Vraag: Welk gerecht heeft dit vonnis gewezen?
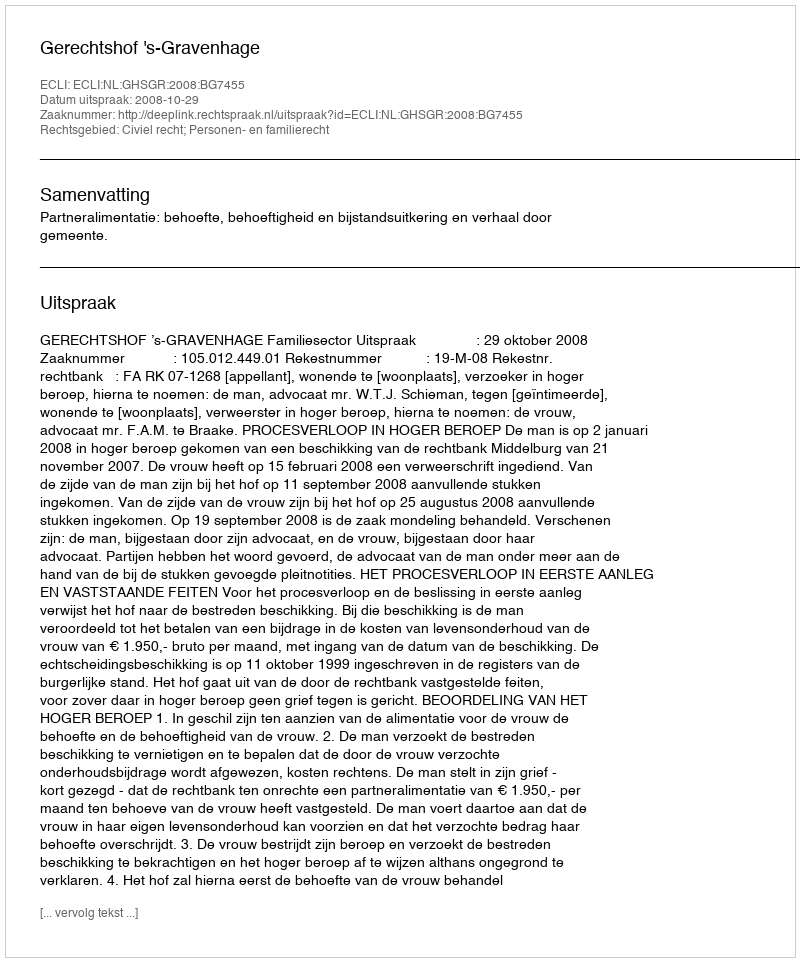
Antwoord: Gerechtshof 's-Gravenhage